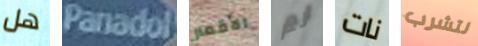
هل Panadol الأقمار لم نات لتشرب